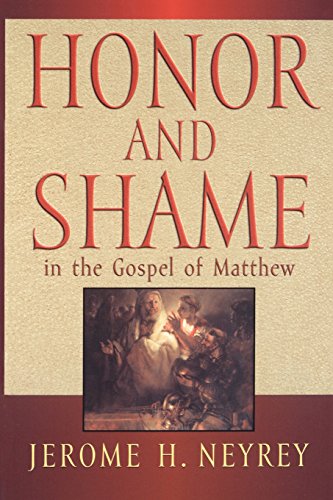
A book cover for Honor and Shame in the Gospel of Matthew; Jerome H. Neyrey; Christian Books & Bibles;